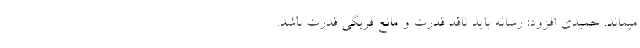
میماند. حمیدی افزود: رسانه باید ناقد قدرت و مانع فربگی قدرت باشد.